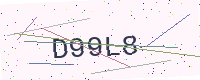
Text: D99L8